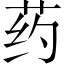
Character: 药